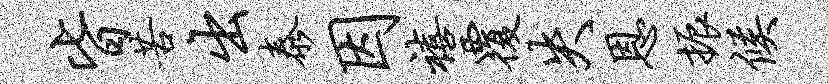
皆苦出泰因禧覆失恩振候